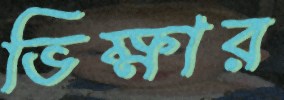
ভিক্ষার